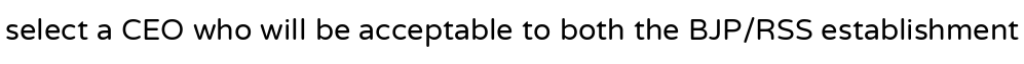
select a CEO who will be acceptable to both the BJP/RSS establishment